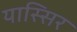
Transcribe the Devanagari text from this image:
यास्सिर